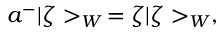
a ^ { - } | \zeta > _ { W } \, = \zeta | \zeta > _ { W } ,